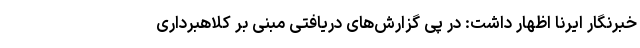
خبرنگار ایرنا اظهار داشت: در پی گزارش‌های دریافتی مبنی بر کلاهبرداری